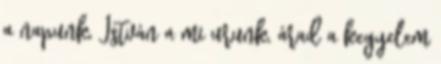
a napunk, István a mi urunk, árad a kegyelem